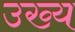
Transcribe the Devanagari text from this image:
उख्य